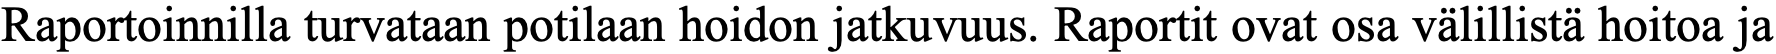
Raportoinnilla turvataan potilaan hoidon jatkuvuus. Raportit ovat osa välillistä hoitoa ja